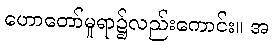
ဟောတော်မူရာ၌လည်းကောင်း။ အ